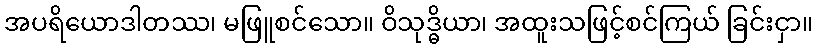
အပရိယောဒါတဿ၊ မဖြူစင်သော။ ဝိသုဒ္ဓိယာ၊ အထူးသဖြင့်စင်ကြယ် ခြင်းငှာ။